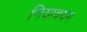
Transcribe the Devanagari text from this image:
नियाबयम